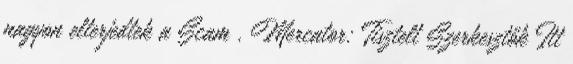
nagyon elterjedtek a Scam . Mercator: Tisztelt Szerkesztők Itt